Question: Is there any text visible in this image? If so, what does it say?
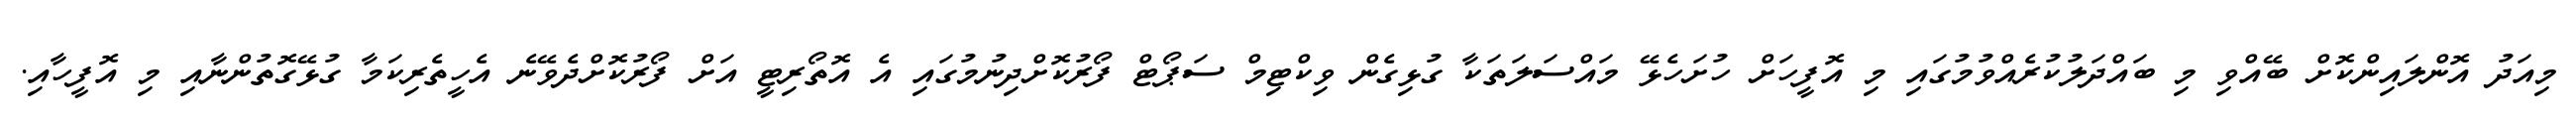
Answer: މިއަދު އޮންލައިންކޮށް ބޭއްވި މި ބައްދަލުކުރެއްވުމުގައި މި އޮފީހަށް ހުށަހެޅޭ މައްސަލަތަކާ ގުޅިގެން ވިކްޓިމް ސަޕޯޓް ފޯރުކޮށްދިނުމުގައި އެ އޮތޯރިޓީ އަށް ފޯރުކޮށްދެވޭނެ އެހީތެރިކަމާ ގުޅޭގޮތުންނާއި މި އޮފީހާއި.